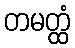
တမတ္ထံ